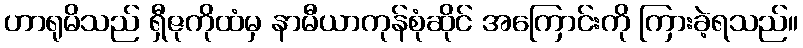
ဟာရုမိသည် ရှီဇုကိုထံမှ နာမီယာကုန်စုံဆိုင် အကြောင်းကို ကြားခဲ့ရသည်။